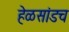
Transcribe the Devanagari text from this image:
हेळसांडच